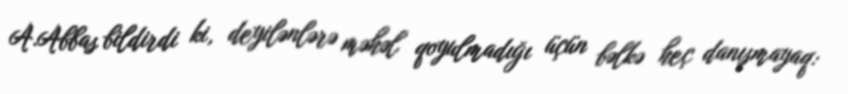
A.Abbas bildirdi ki, deyilənlərə məhəl qoyulmadığı üçün bəlkə heç danışmayaq: